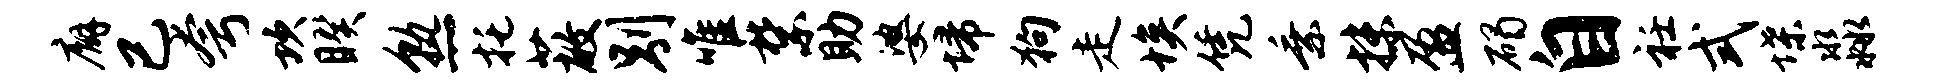
廨已夸坎睽熟托蔽别唯禁助婆埽狗走埃凭乘抹盈碣自衽式堞淼